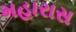
મહારાસ